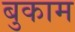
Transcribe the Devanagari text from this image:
बुकाम